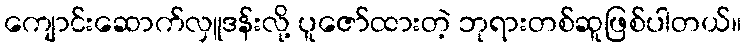
ကျောင်းဆောက်လှူဒန်းလို့ ပူဇော်ထားတဲ့ ဘုရားတစ်ဆူဖြစ်ပါတယ်။